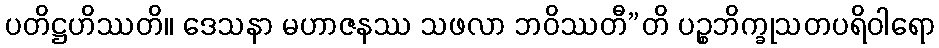
ပတိဋ္ဌဟိဿတိ။ ဒေသနာ မဟာဇနဿ သဖလာ ဘဝိဿတီ”တိ ပဉ္စဘိက္ခုသတပရိဝါရော